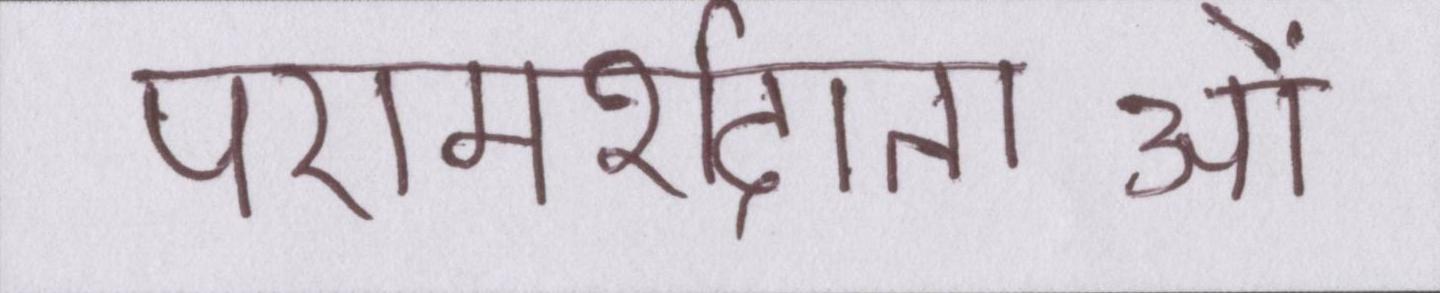
परामर्शदाताओं